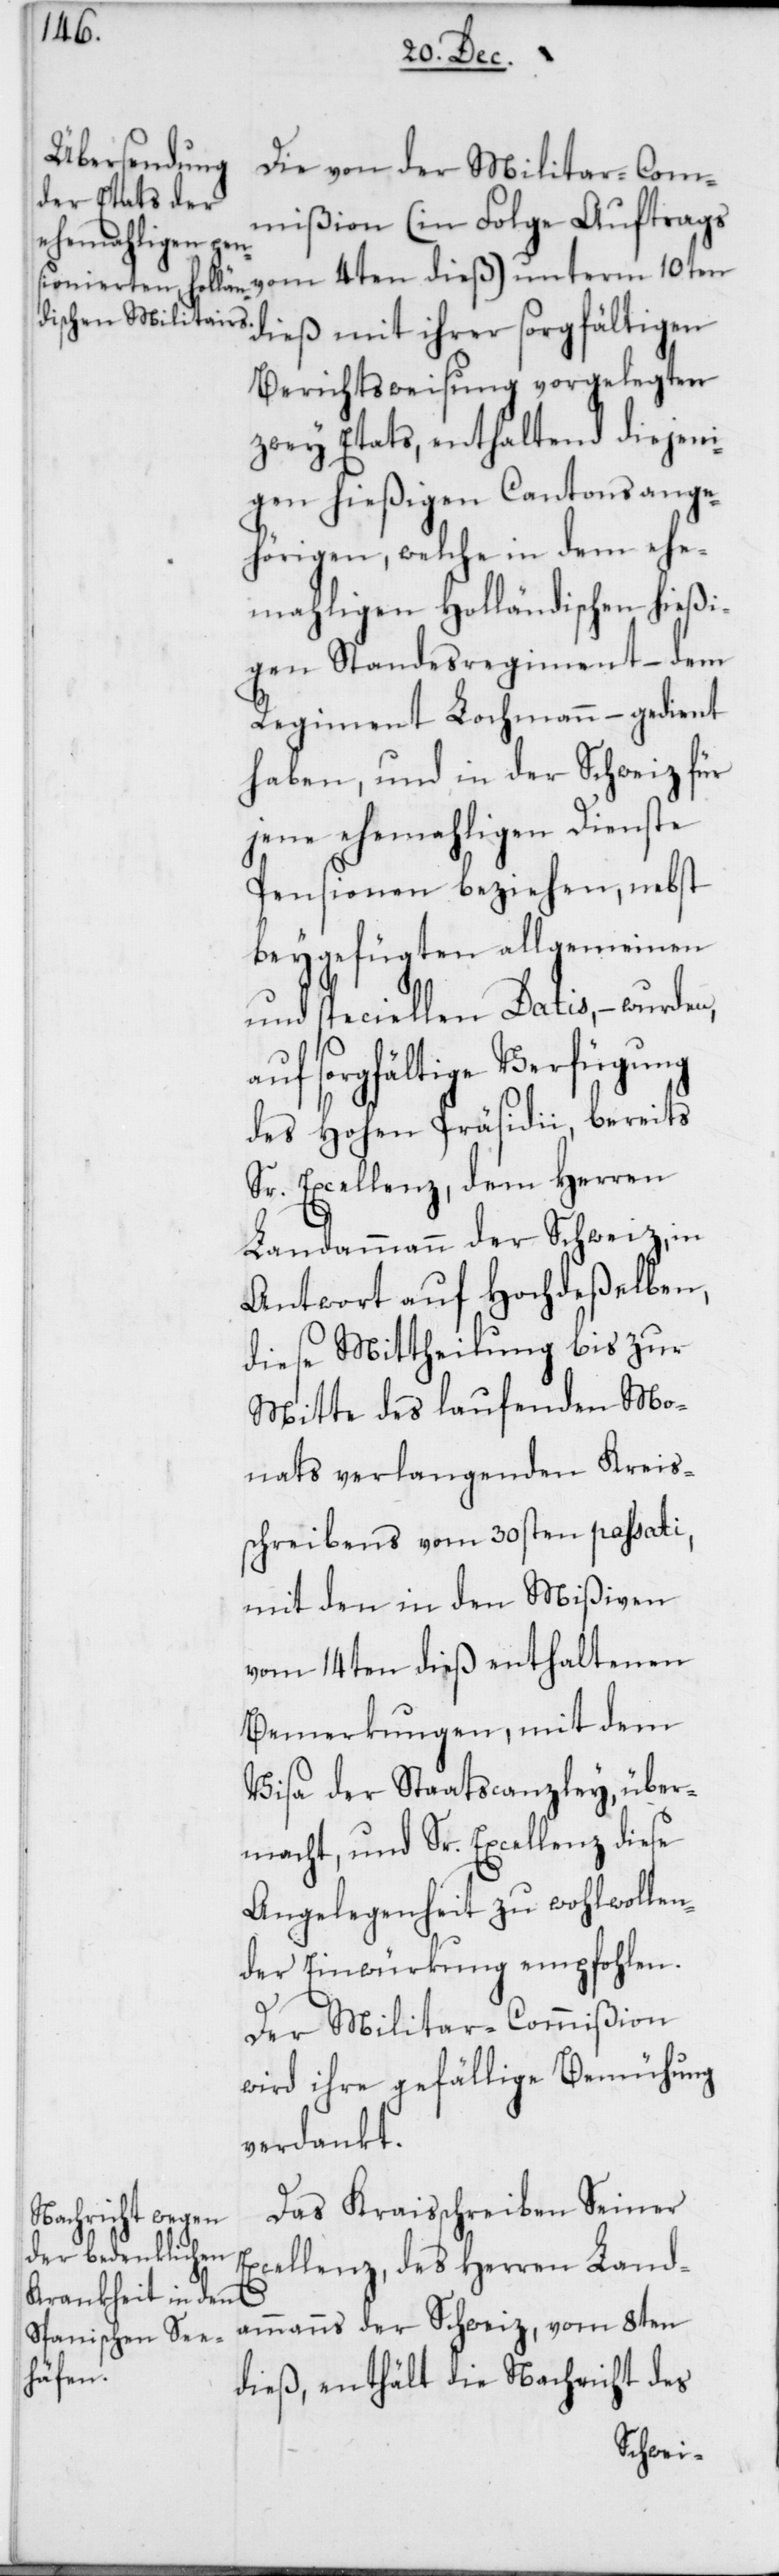
Die von der Militar-Com¬
mißion (in Folge Auftrags
vom 4ten dieß) unterm 10ten
dieß mit ihrer sorgfältigen
Berichtsweisung vorgelegten
zwey Etats, enthaltend diejeni¬
gen hießigen Cantonsange¬
hörigen, welche in dem ehe¬
mahligen holländischen hießi¬
gen Standesregiment – dem
Regiment Lochmann – gedient
haben, und in der Schweiz für
jene ehemaligen Dienste
Pensionen beziehen, nebst
beygefügten allgemeinen
und speciellen Datis, – wurden,
auf sorgfältige Verfügung
des Hohen Präsidii, bereits
Sr. Excellenz, dem Herren
Landammann der Schweiz, in
Antwort auf hochdeßelben,
diese Mittheilung bis zur
Mitte des laufenden Mo¬
nats verlangenden Kreis¬
schreibens vom 30sten passati,
mit den in den Mißiven
vom 14ten dieß enthaltenen
Bemerkungen, mit dem
Visa der Staatscanzley, über¬
macht, und Sr. Excellenz, diese
Angelegenheit zu wohlwollen¬
der Einwürkung empfohlen.
Der Militar-Commißion
wird ihre gefällige Bemühung
verdankt.
Das Kraisschreiben Seiner
Excellenz, des Herren Land¬
ammanns der Schweiz, vom 8ten
dieß, enthält die Nachricht des